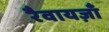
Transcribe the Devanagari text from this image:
रैवायज़ाँ